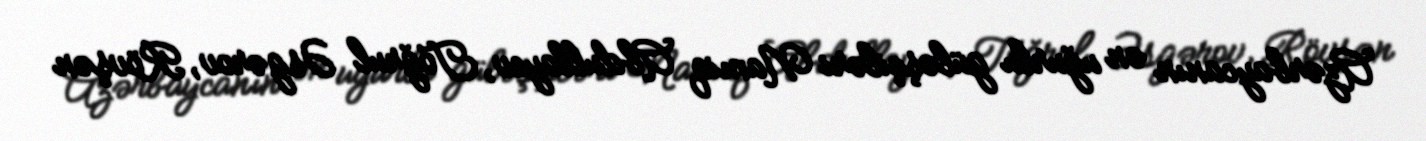
Azərbaycanın ən uğurlu güləşçiləri Namiq Abdullayev, Toğrul Əsgərov, Rövşən